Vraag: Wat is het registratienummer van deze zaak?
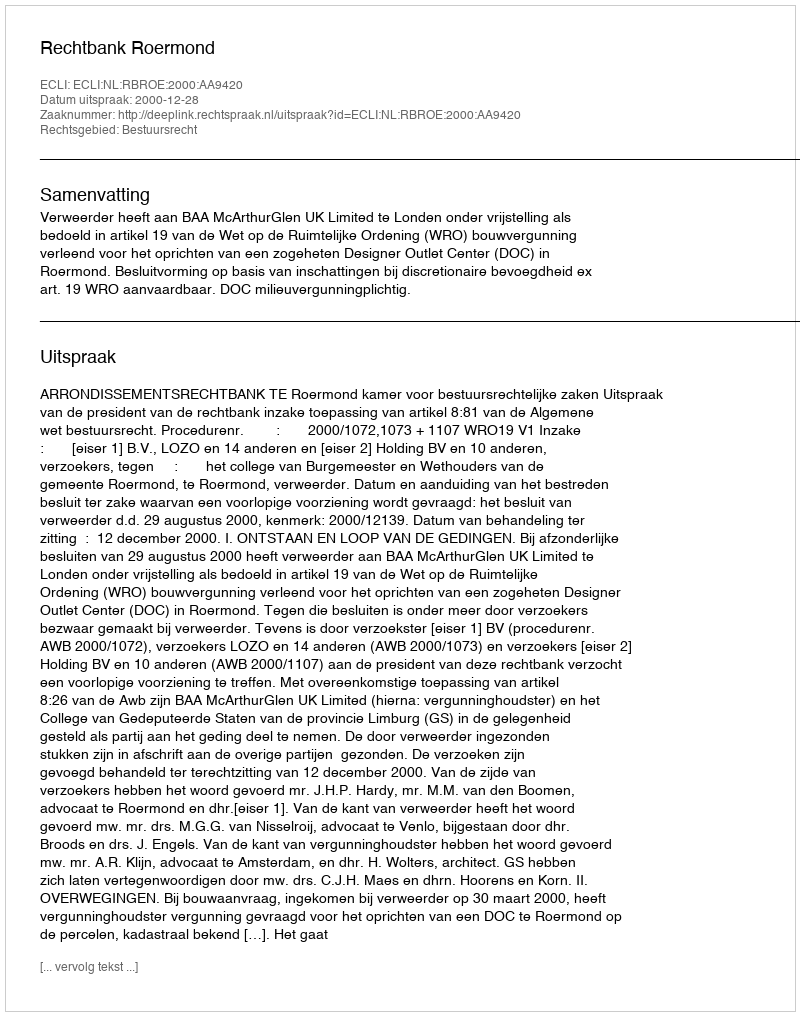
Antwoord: http://deeplink.rechtspraak.nl/uitspraak?id=ECLI:NL:RBROE:2000:AA9420